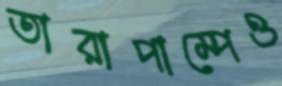
তারাপাম্পেও